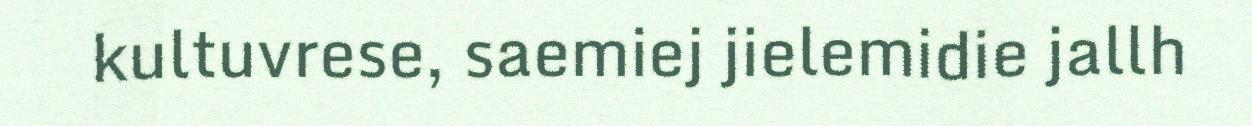
kultuvrese, saemiej jielemidie jallh